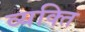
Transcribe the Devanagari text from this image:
व्‍यक्‍ति